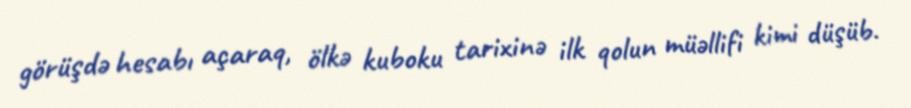
görüşdə hesabı açaraq, ölkə kuboku tarixinə ilk qolun müəllifi kimi düşüb.